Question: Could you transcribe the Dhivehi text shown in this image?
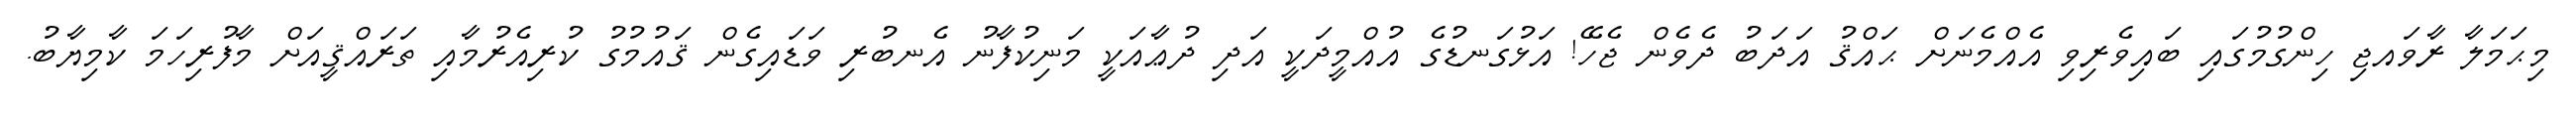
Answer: މިޙަމަލާ ރާވައޖި ހިންގުމުގައި ބައިވެރިވި އެއްމެނަށް ޙައްޤު އަދަބު ދެވެން ޖެހޭ! އަޅުގަނޑުގެ އުއްމީދަކީ އަދި ދުޢާއަކީ މަނިކުފާނު އެނބުރި ވަޑައިގެން ޤައުމުގު ކުރިއެރުމާއި ތަރައްޤީއަށް މާފުރިހަމަ ކާމިޔާބު.